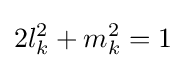
2l_{k}^{2}+m_{k}^{2}=1